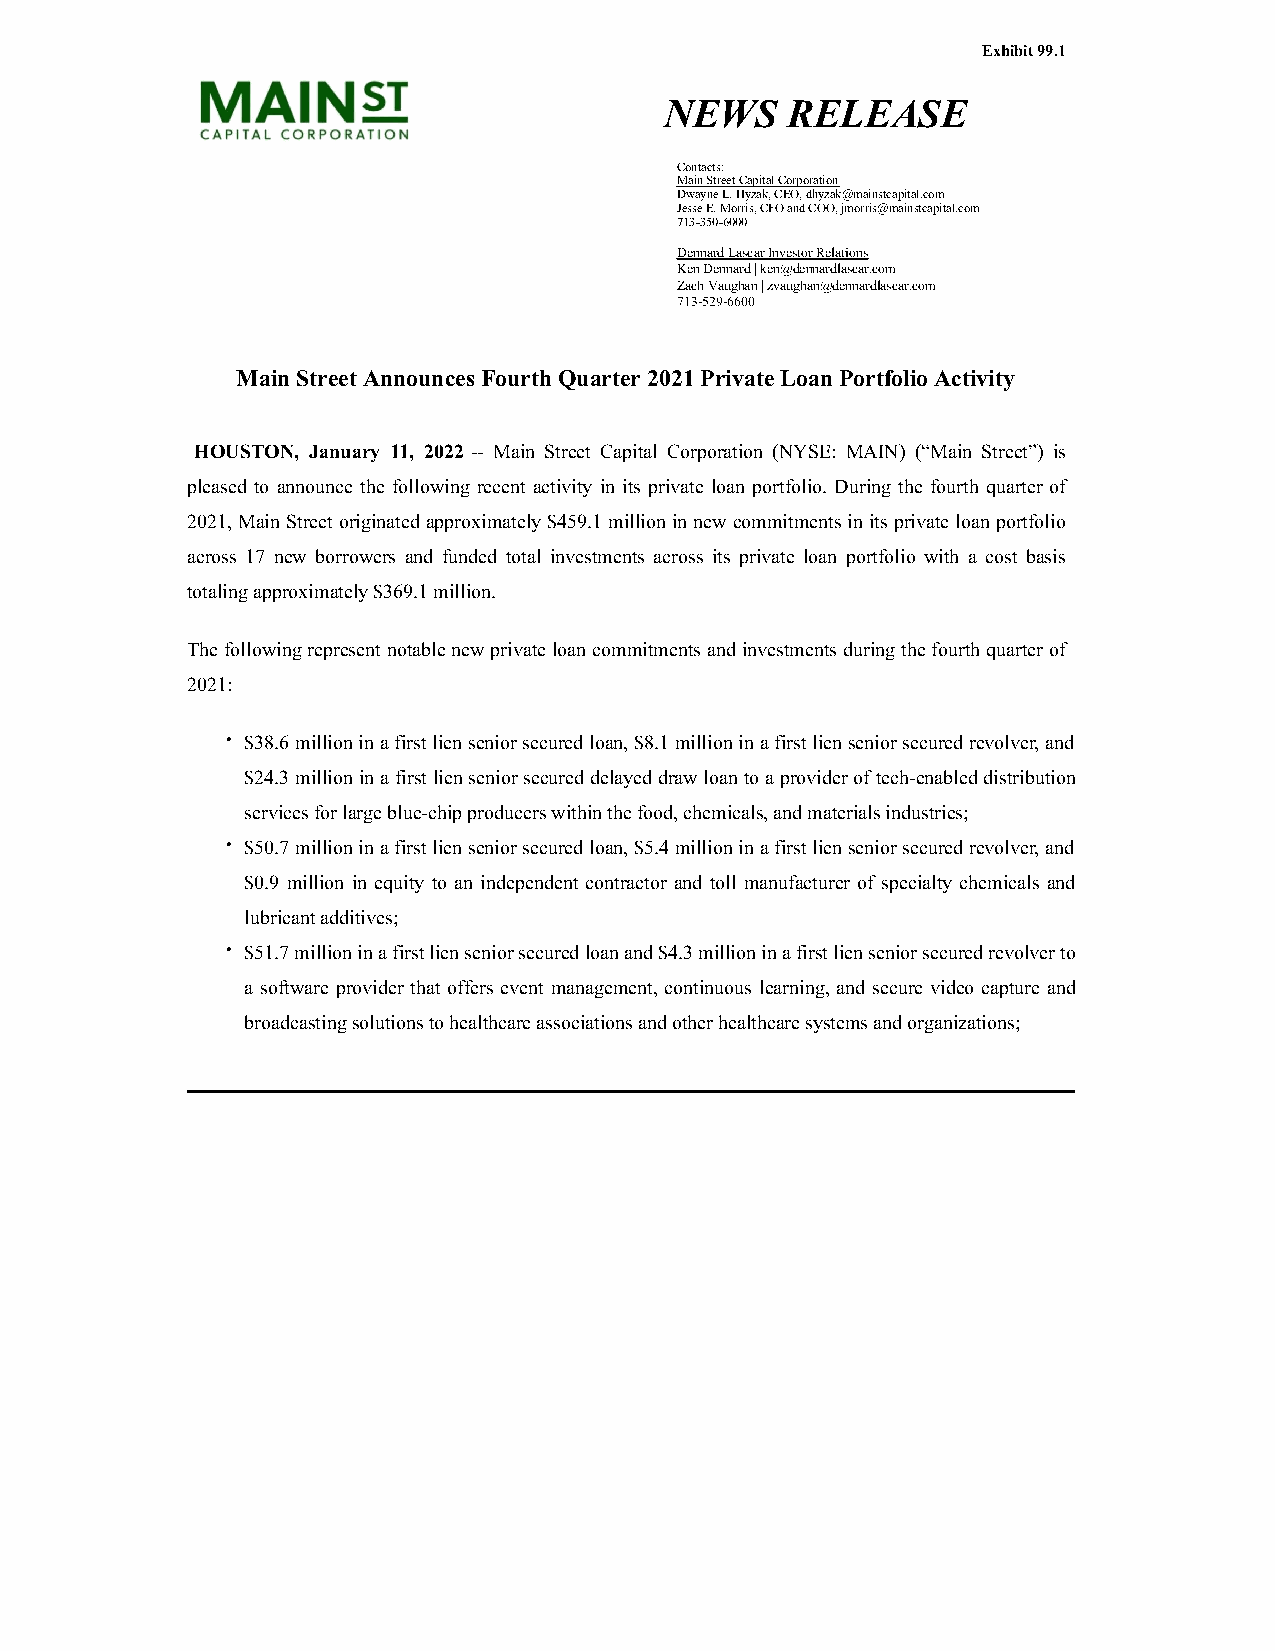
Exhibit 99.1
 NEWS    RELEASE
 Contacts:
 Main Street Capital Corporation
 Dwayne L. Hyzak, CEO, dhyzak@mainstcapital.com
 Jesse E. Morris, CFO and COO, jmorris@mainstcapital.com
 713-350-6000
 Dennard Lascar Investor Relations
 Ken Dennard | ken@dennardlascar.com
 Zach Vaughan | zvaughan@dennardlascar.com
 713-529-6600
 Main Street Announces Fourth Quarter 2021 Private Loan Portfolio Activity
 HOUSTON, January 11, 2022 -- Main Street Capital Corporation (NYSE: MAIN) (“Main Street”) is
 pleased to announce the following recent activity in its private loan portfolio. During the fourth quarter of
 2021, Main Street originated approximately $459.1 million in new commitments in its private loan portfolio
 across 17 new borrowers and funded total investments across its private loan portfolio with a cost basis
 totaling approximately $369.1 million.
 The following represent notable new private loan commitments and investments during the fourth quarter of
 2021:
 • $38.6 million in a first lien senior secured loan, $8.1 million in a first lien senior secured revolver, and
 $24.3 million in a first lien senior secured delayed draw loan to a provider of tech-enabled distribution
 services for large blue-chip producers within the food, chemicals, and materials industries;
 • $50.7 million in a first lien senior secured loan, $5.4 million in a first lien senior secured revolver, and
 $0.9 million in equity to an independent contractor and toll manufacturer of specialty chemicals and
 lubricant additives;
 • $51.7 million in a first lien senior secured loan and $4.3 million in a first lien senior secured revolver to
 a software provider that offers event management, continuous learning, and secure video capture and
 broadcasting solutions to healthcare associations and other healthcare systems and organizations;